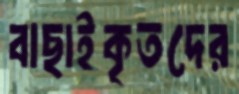
বাছাইকৃতদের